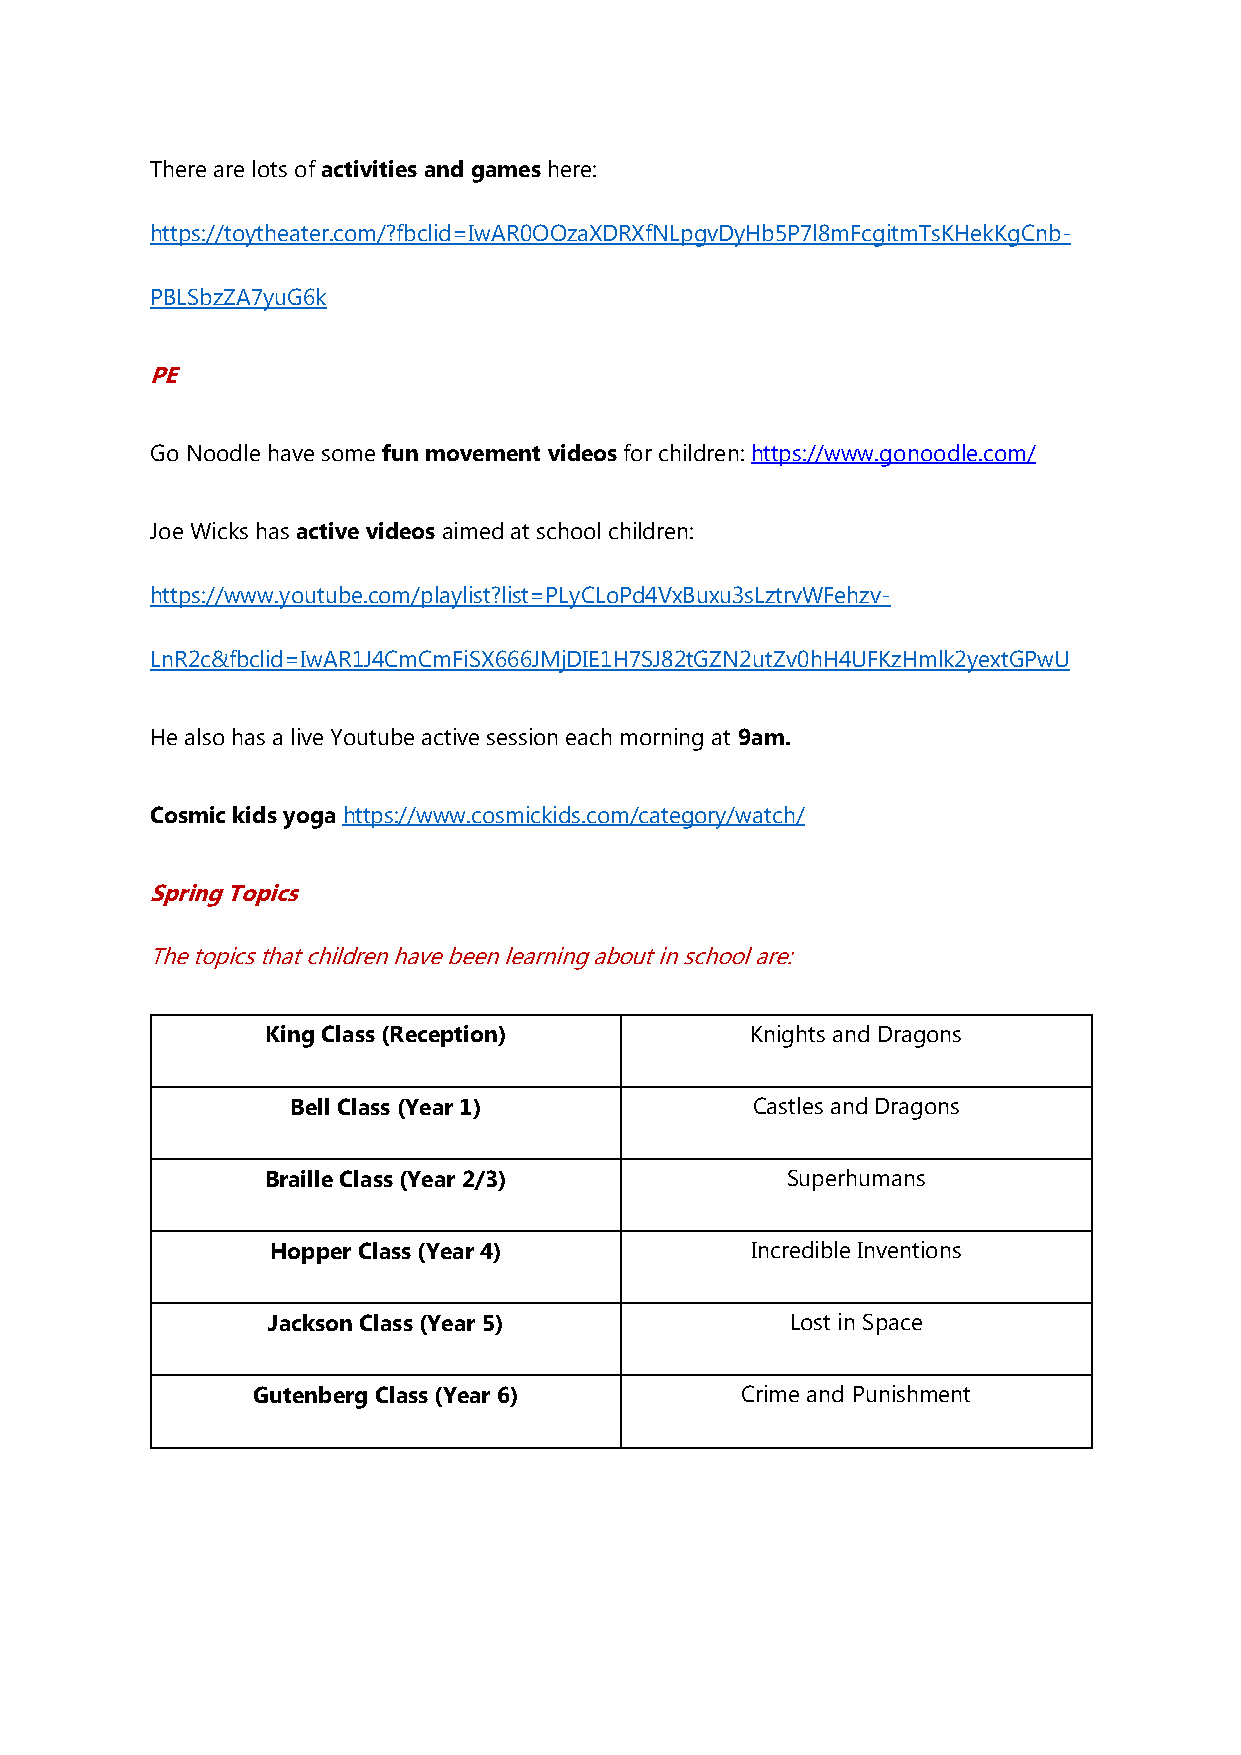
There are lots of activities and games here:
 https://toytheater.com/?fbclid=IwAR0OOzaXDRXfNLpgvDyHb5P7l8mFcgitmTsKHekKgCnb-
 PBLSbzZA7yuG6k
 PE
 Go Noodle have some fun movement videos for children: https://www.gonoodle.com/
 Joe Wicks has active videos aimed at school children:
 https://www.youtube.com/playlist?list=PLyCLoPd4VxBuxu3sLztrvWFehzv-
 LnR2c&fbclid=IwAR1J4CmCmFiSX666JMjDIE1H7SJ82tGZN2utZv0hH4UFKzHmlk2yextGPwU
 He also has a live Youtube active session each morning at 9am.
 Cosmic kids yoga https://www.cosmickids.com/category/watch/
 Spring Topics
 The topics that children have been learning about in school are:
 King Class (Reception)          Knights and Dragons
 Bell Class (Year 1)            Castles and Dragons
 Braille Class (Year 2/3)          Superhumans
 Hopper Class (Year 4)           Incredible Inventions
 Jackson Class (Year 5)            Lost in Space
 Gutenberg Class (Year 6)        Crime and Punishment